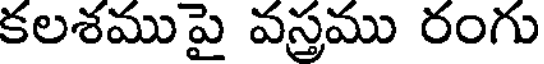
కలశముపై వస్త్రము రంగు